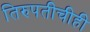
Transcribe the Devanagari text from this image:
तिरुपतीचीही